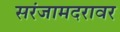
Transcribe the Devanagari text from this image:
सरंजामदरावर